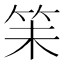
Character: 𬔴